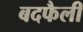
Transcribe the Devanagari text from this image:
बदफैली